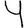
Digit: 4